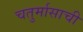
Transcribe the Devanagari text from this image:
चतुर्मासाची